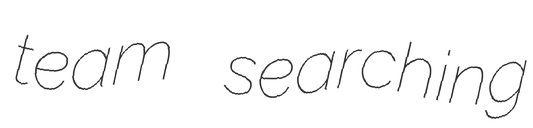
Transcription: team searching